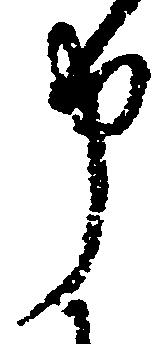
申